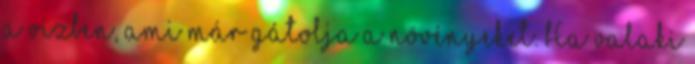
a vizben, ami már gátolja a növényeket. Ha valaki